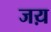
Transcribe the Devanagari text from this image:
जय़